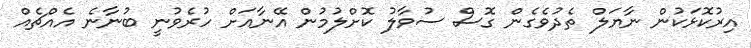
އިރުކޮޅަކުން ނާޔަލް ތެދުވެގެން ގޮސް ސުވާލު ކޮށްލުމުން އޭނާއަށް ހުރެވުނީ ބުނާނެ އެއްޗެއް